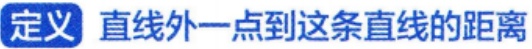
定义 直线外一点到这条直线的距离